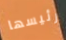
رئيسها